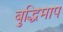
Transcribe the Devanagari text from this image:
बुद्धिमाप